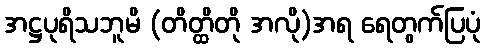
အဋ္ဌပုရိသဘူမိ (တိတ္ထိတို အလို)အရ ရေတွက်ပြပုံ